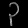
Digit: ၃